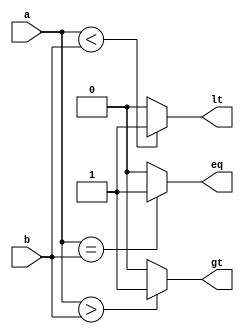
module comparator (
    input wire [2:0] a,b,
    output wire gt, lt, eq
);

// is a greater than b
assign gt = (a > b) ? 1 : 0;
// is a less than b
assign lt = (a < b) ? 1 : 0;
// is a equal b
assign eq = (a == b) ? 1 : 0;

endmodule

`timescale 1ns/1ps

// TESTBENCH
module comparator_tb();
reg [2:0] a,b;
wire gt,lt,eq;

comparator dut (
    .a(a),
    .b(b),
    .gt(gt),
    .lt(lt),
    .eq(eq)
);

// testbench
initial begin
    a = 1;
    b = 3;
    #5;
    $display("a = %0d, b = %0d:\n gt = %b \n lt = %b \n eq = %b",
             a, b, gt, lt, eq);

    a = 3;
    b = 1;
    #5;
    $display("a = %0d, b = %0d:\n gt = %b\n lt = %b\n eq = %b",
             a, b, gt, lt, eq);
             
    a = 1;
    b = 1;
    #5;
    $display("a = %0d, b = %0d:\n gt = %b\n lt = %b\n eq = %b",
             a, b, gt, lt, eq);
end
endmodule